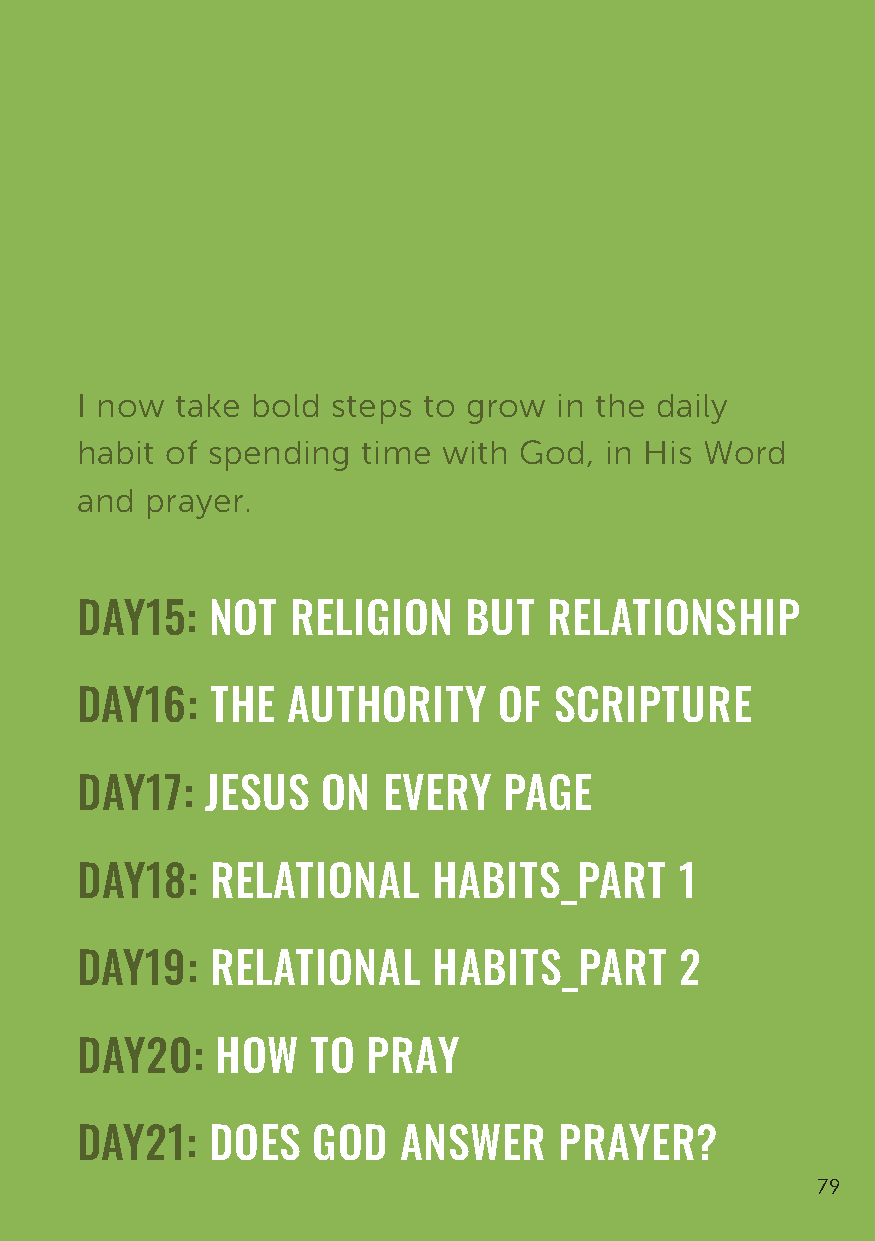
I now  take bold steps to grow  in the daily
 habit of spending  time with God,  in His Word
 and  prayer.
 DAY15:   NOT  RELIGION    BUT  RELATIONSHIP
 DAY16:   THE  AUTHORITY     OF  SCRIPTURE
 DAY17:   JESUS  ON  EVERY   PAGE
 DAY18:   RELATIONAL     HABITS_PART     1
 DAY19:   RELATIONAL     HABITS_PART     2
 DAY20:   HOW    TO PRAY
 DAY21:   DOES   GOD  ANSWER     PRAYER?
 79